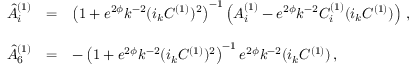
\begin{array} { r c l } { { { \hat { A } } _ { i } ^ { ( 1 ) } } } & { { = } } & { { \left( 1 + e ^ { 2 \phi } k ^ { - 2 } ( i _ { k } C ^ { ( 1 ) } ) ^ { 2 } \right) ^ { - 1 } \left( A _ { i } ^ { ( 1 ) } - e ^ { 2 \phi } k ^ { - 2 } C _ { i } ^ { ( 1 ) } ( i _ { k } C ^ { ( 1 ) } ) \right) \, , } } \\ { { } } & { { } } & { { } } \\ { { { \hat { A } } _ { 6 } ^ { ( 1 ) } } } & { { = } } & { { - \left( 1 + e ^ { 2 \phi } k ^ { - 2 } ( i _ { k } C ^ { ( 1 ) } ) ^ { 2 } \right) ^ { - 1 } e ^ { 2 \phi } k ^ { - 2 } ( i _ { k } C ^ { ( 1 ) } ) \, , } } \end{array}